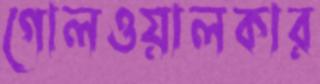
গোলওয়ালকার